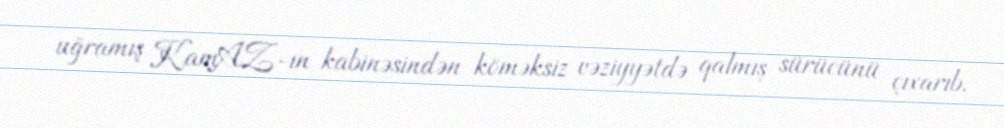
uğramış KamAZ-ın kabinəsindən köməksiz vəziyyətdə qalmış sürücünü çıxarıb.